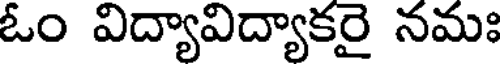
ఓం విద్యావిద్యాకరై నమః